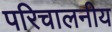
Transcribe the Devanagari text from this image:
परिचालनीय